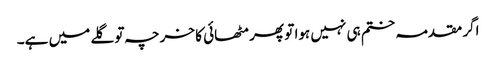
اگر مقدمہ ختم ہی نہیں ہوا تو پھر مٹھائی کا خرچہ تو گلے میں ہے۔